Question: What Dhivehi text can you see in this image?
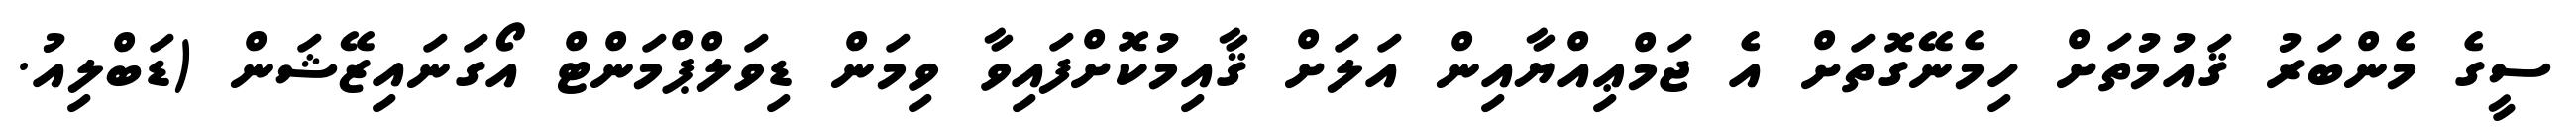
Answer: ސީގެ މެންބަރު ޤައުމުތަށް ހިމެނޭގޮތަށް އެ ޖަމްޢިއްޔާއިން އަލަށް ޤާއިމުކޮށްފައިވާ ވިމަން ޑިވަލްޕްމަންޓް އޯގަނައިޒޭޝަން (ޑަބްލިއު.